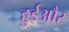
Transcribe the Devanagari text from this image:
हुईऔर